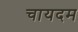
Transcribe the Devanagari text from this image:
चायदम